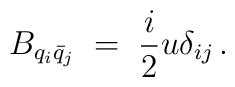
B_{q_{i} \bar{q}_{j}} \;=\; \frac{i}{2} u \delta_{ij} \, .